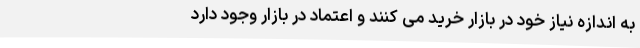
به اندازه نیاز خود در بازار خرید می کنند و اعتماد در بازار وجود دارد